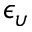
\epsilon _ { \upsilon }